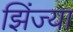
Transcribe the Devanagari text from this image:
झिंज्या